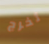
تخرج